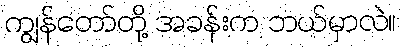
ကျွန်တော်တို့ အခန်းက ဘယ်မှာလဲ။